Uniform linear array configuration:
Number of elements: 12
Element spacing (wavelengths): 0.25
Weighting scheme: cosine
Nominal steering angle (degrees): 45
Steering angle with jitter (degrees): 45.357
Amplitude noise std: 0.05
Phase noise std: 0.05

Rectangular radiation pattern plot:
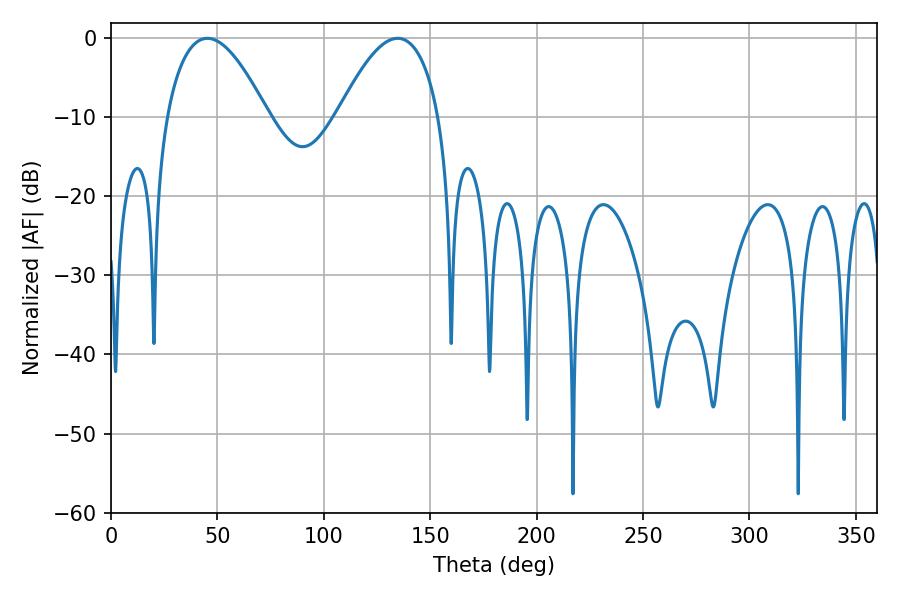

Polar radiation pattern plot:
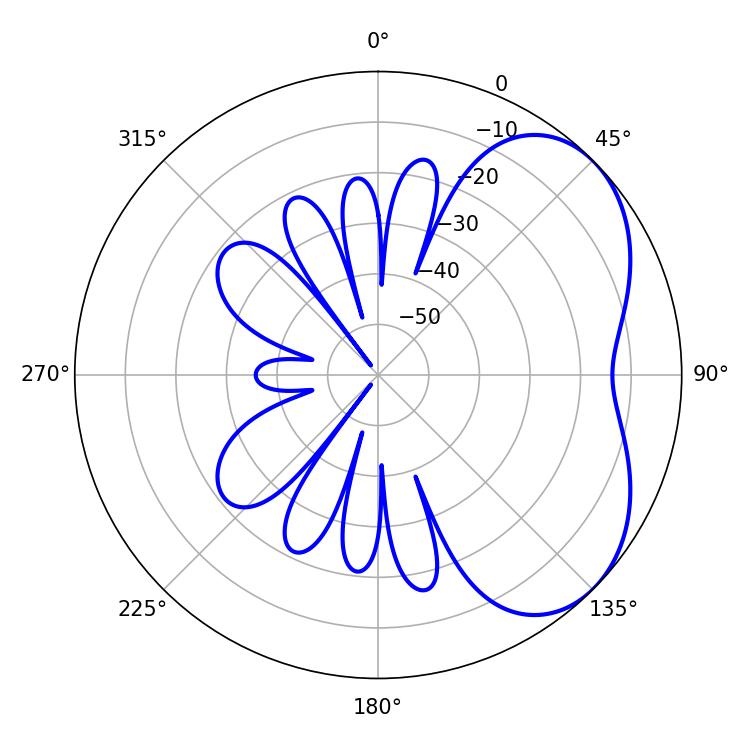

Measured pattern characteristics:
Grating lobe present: FALSE
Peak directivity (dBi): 4.379
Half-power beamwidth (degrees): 26.28
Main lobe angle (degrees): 45.36